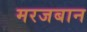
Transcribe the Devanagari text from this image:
मरजबान